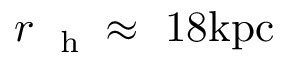
r _ { \mathrm { ~ \scriptsize ~ h ~ } } \approx ~ 1 8 \mathrm { k p c }